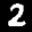
Label: 2